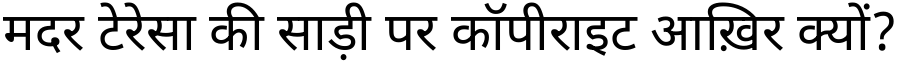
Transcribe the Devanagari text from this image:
मदर टेरेसा की साड़ी पर कॉपीराइट आख़िर क्यों?